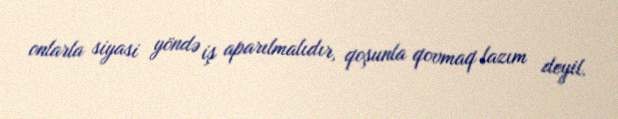
onlarla siyasi yöndə iş aparılmalıdır, qoşunla qovmaq lazım deyil.